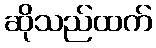
ဆိုသည်ထက်